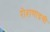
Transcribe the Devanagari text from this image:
रोशणाइची